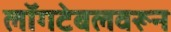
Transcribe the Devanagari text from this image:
लॉगटेबलवरून